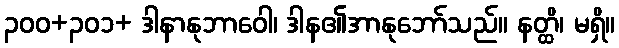
၃၀၀+၃၀၁+ ဒါနာနုဘာဝေါ၊ ဒါန၏အာနုဘော်သည်။ နတ္ထိ၊ မရှိ။